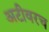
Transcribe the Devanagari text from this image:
अटीवरच